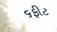
૬ફીટ